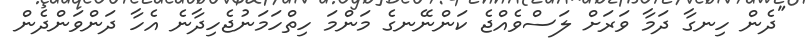
"ދެން ހިނގާ ދަމާ ވަރަށް ލަސްވެއްޖެ ކަންނޭނގެ މަންމަ ހިތްހަމަނުޖެހިދާނެ އެހާ ދަންވަންދެން